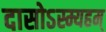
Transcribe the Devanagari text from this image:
दासोऽस्म्यहम्